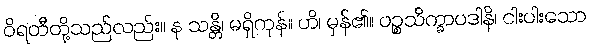
ဝိရတီတို့သည်လည်း။ န သန္တိ၊ မရှိကုန်။ ဟိ၊ မှန်၏။ ပဉ္စသိက္ခာပဒါနိ၊ ငါးပါးသော